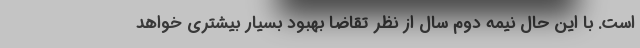
است. با این حال نیمه دوم سال از نظر تقاضا بهبود بسیار بیشتری خواهد